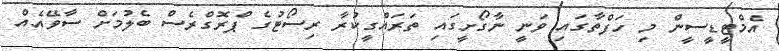
އެމްޓީޑީސީން މި ހަފްތާގައި ވަނީ ނާގޯށީގައި ތަރައްގީކުރާ ރިސޯޓުގެ ޕްރޮގްރެސް ބެލުމަށް ސާވޭއެއް